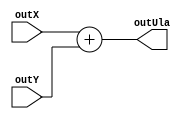
module alu(outX, outY, outUla);

	input wire [4:0] outX, outY;
	output reg [4:0] outUla;
	
	always begin
       outUla <= (outX + outY);
    end

endmodule